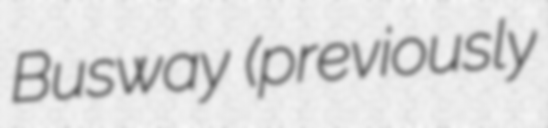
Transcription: Busway (previously